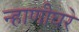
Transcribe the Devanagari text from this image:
न्हाणीघरे